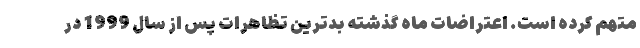
متهم کرده است. اعتراضات ماه گذشته بدترین تظاهرات پس از سال 1999 در